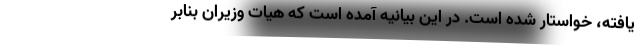
یافته، خواستار شده است. در این بیانیه آمده است که هیات وزیران بنابر